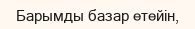
Барымды базар етейін,